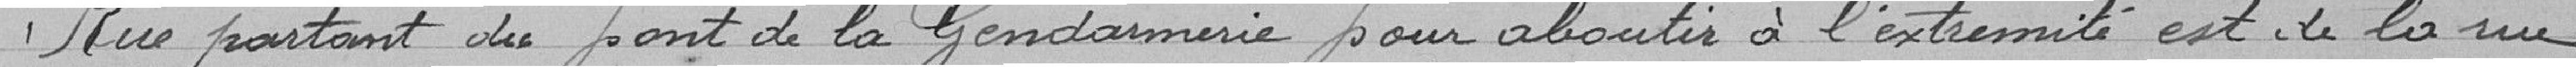
Rue partant du pont de la gendarmerie pour aboutir à l'extrémité est de la rue